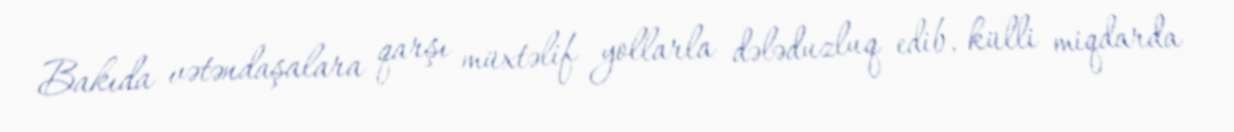
Bakıda vətəndaşalara qarşı müxtəlif yollarla dələduzluq edib, külli miqdarda